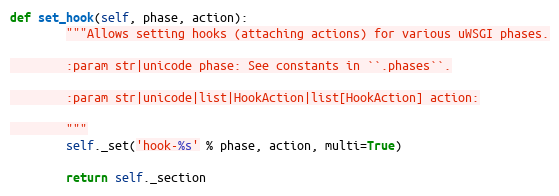
Language: Python
def set_hook(self, phase, action):
        """Allows setting hooks (attaching actions) for various uWSGI phases.

        :param str|unicode phase: See constants in ``.phases``.

        :param str|unicode|list|HookAction|list[HookAction] action:

        """
        self._set('hook-%s' % phase, action, multi=True)

        return self._section